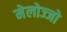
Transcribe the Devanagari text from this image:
मेलोज्जो